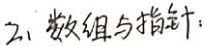
2. 数组与指针：